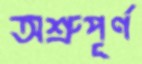
অশ্রুপূর্ণ